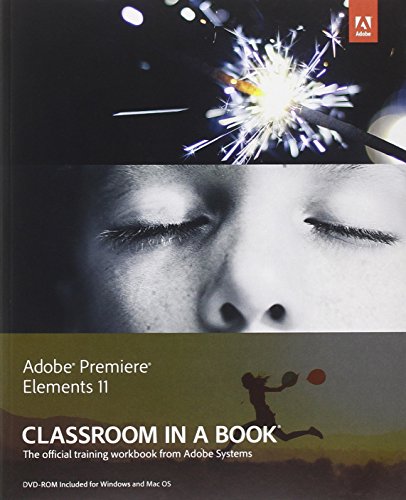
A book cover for Adobe Premiere Elements 11 Classroom in a Book; Adobe Creative Team; Arts & Photography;